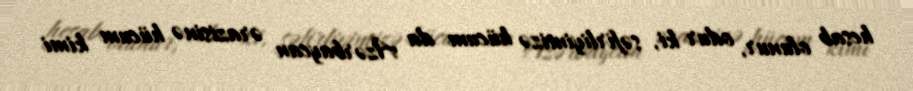
hesab olunur, odur ki, səfirliyimizə hücum da Azərbaycan ərazisinə hücum kimi